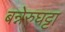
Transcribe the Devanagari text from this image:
बन्नेरुघट्टा